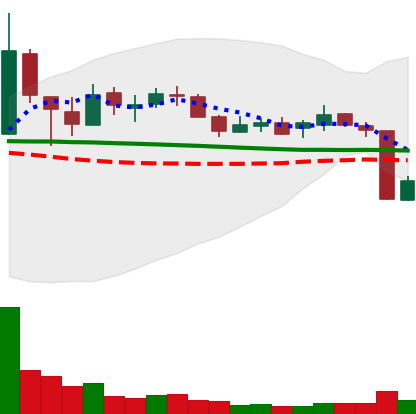
Ticker: XLM-USD
Chart end date: 2018-10-12
Forward return: 11.281%
Label: up_7plus